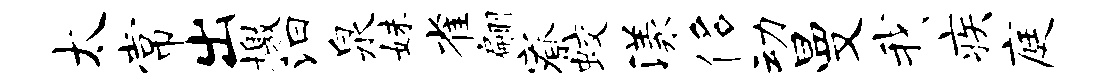
太常出檄汩泉妹雀翩寮蛟漾侈动曼我疾庭